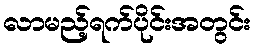
လာမည့်ရက်ပိုင်းအတွင်း